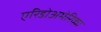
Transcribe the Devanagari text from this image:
एरिडोअमेरिका